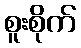
စူးစိုက်